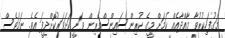
މަގުފަހިކުރުވާ މާއްދާއެއް ކަމަށް މީގެ ކުރިން ސައިންސްވެރިން ވަނީ ކަށަވަރުކޮށްދީފަ އެވެ. ނަމަވެސް